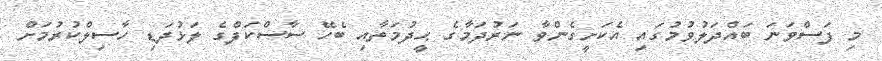
މި ފަސްވަނަ ބައްދަލުވުމުގައި އެކަށީގެންވާ ނަރުދަމާގެ ޙީދުމަތާއި ބެހޭ ސާސްކަފްގެ ލަޅުދަޑި ހާސިލްކުރުމަށް